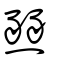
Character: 燹